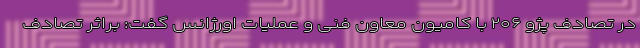
در تصادف پژو ۲۰۶ با کامیون معاون فنی و عملیات اورژانس گفت: براثر تصادف